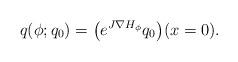
LaTeX: \begin{align*}q(\phi;q_0) = \bigl( e^{ J\nabla H_\phi} q_0\bigr)( x=0 ).\end{align*}